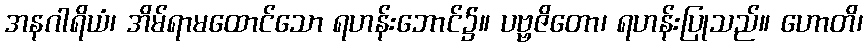
အနဂါရိယံ၊ အိမ်ရာမထောင်သော ရဟန်းဘောင်၌။ ပဗ္ဗဇိတော၊ ရဟန်းပြုသည်။ ဟောတိ၊